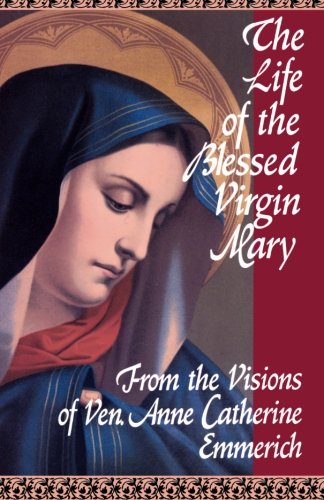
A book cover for The Life of the Blessed Virgin Mary: From the Visions of Ven. Anne Catherine Emmerich; Emmerich; Christian Books & Bibles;